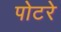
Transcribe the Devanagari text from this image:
पोटरे